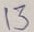
Text: 13